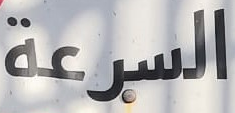
السرعة